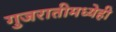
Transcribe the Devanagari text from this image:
गुजरातीमध्येही